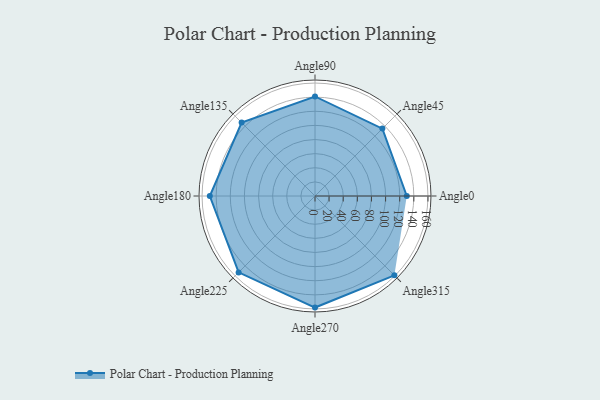
{"axis": {"x": "Angle", "y": "Radius"}, "legend": [""], "data": [{"x": "Angle0", "y": 130.0, "type": ""}, {"x": "Angle45", "y": 135.0, "type": ""}, {"x": "Angle90", "y": 141.0, "type": ""}, {"x": "Angle135", "y": 147.0, "type": ""}, {"x": "Angle180", "y": 149.0, "type": ""}, {"x": "Angle225", "y": 153.0, "type": ""}, {"x": "Angle270", "y": 158.0, "type": ""}, {"x": "Angle315", "y": 159.0, "type": ""}]}